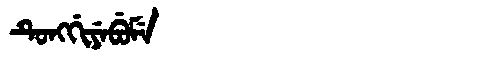
Manchu: ᡨᡠᠩᡤᡳᠶᡝᠪᡠᠮᡝ
Romanization: TUNGGIYEBUME